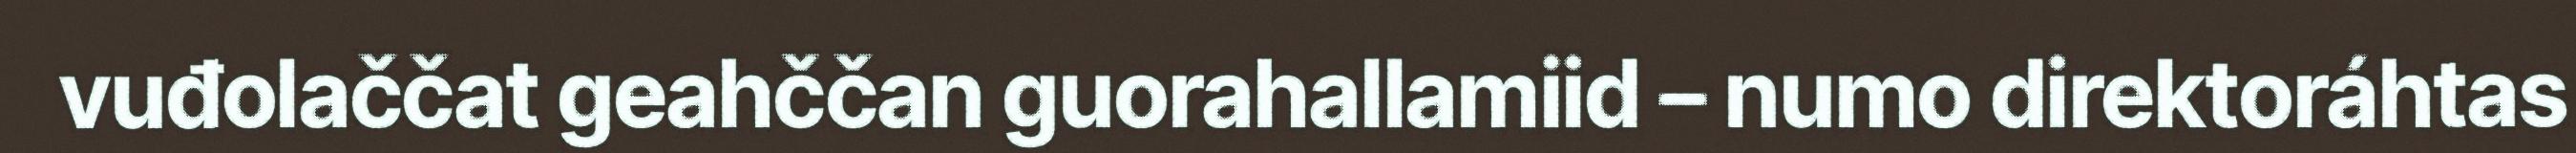
vuđolaččat geahččan guorahallamiid – numo direktoráhtas